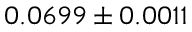
0 . 0 6 9 9 \pm 0 . 0 0 1 1